Laidoner,_Johan, lk 101
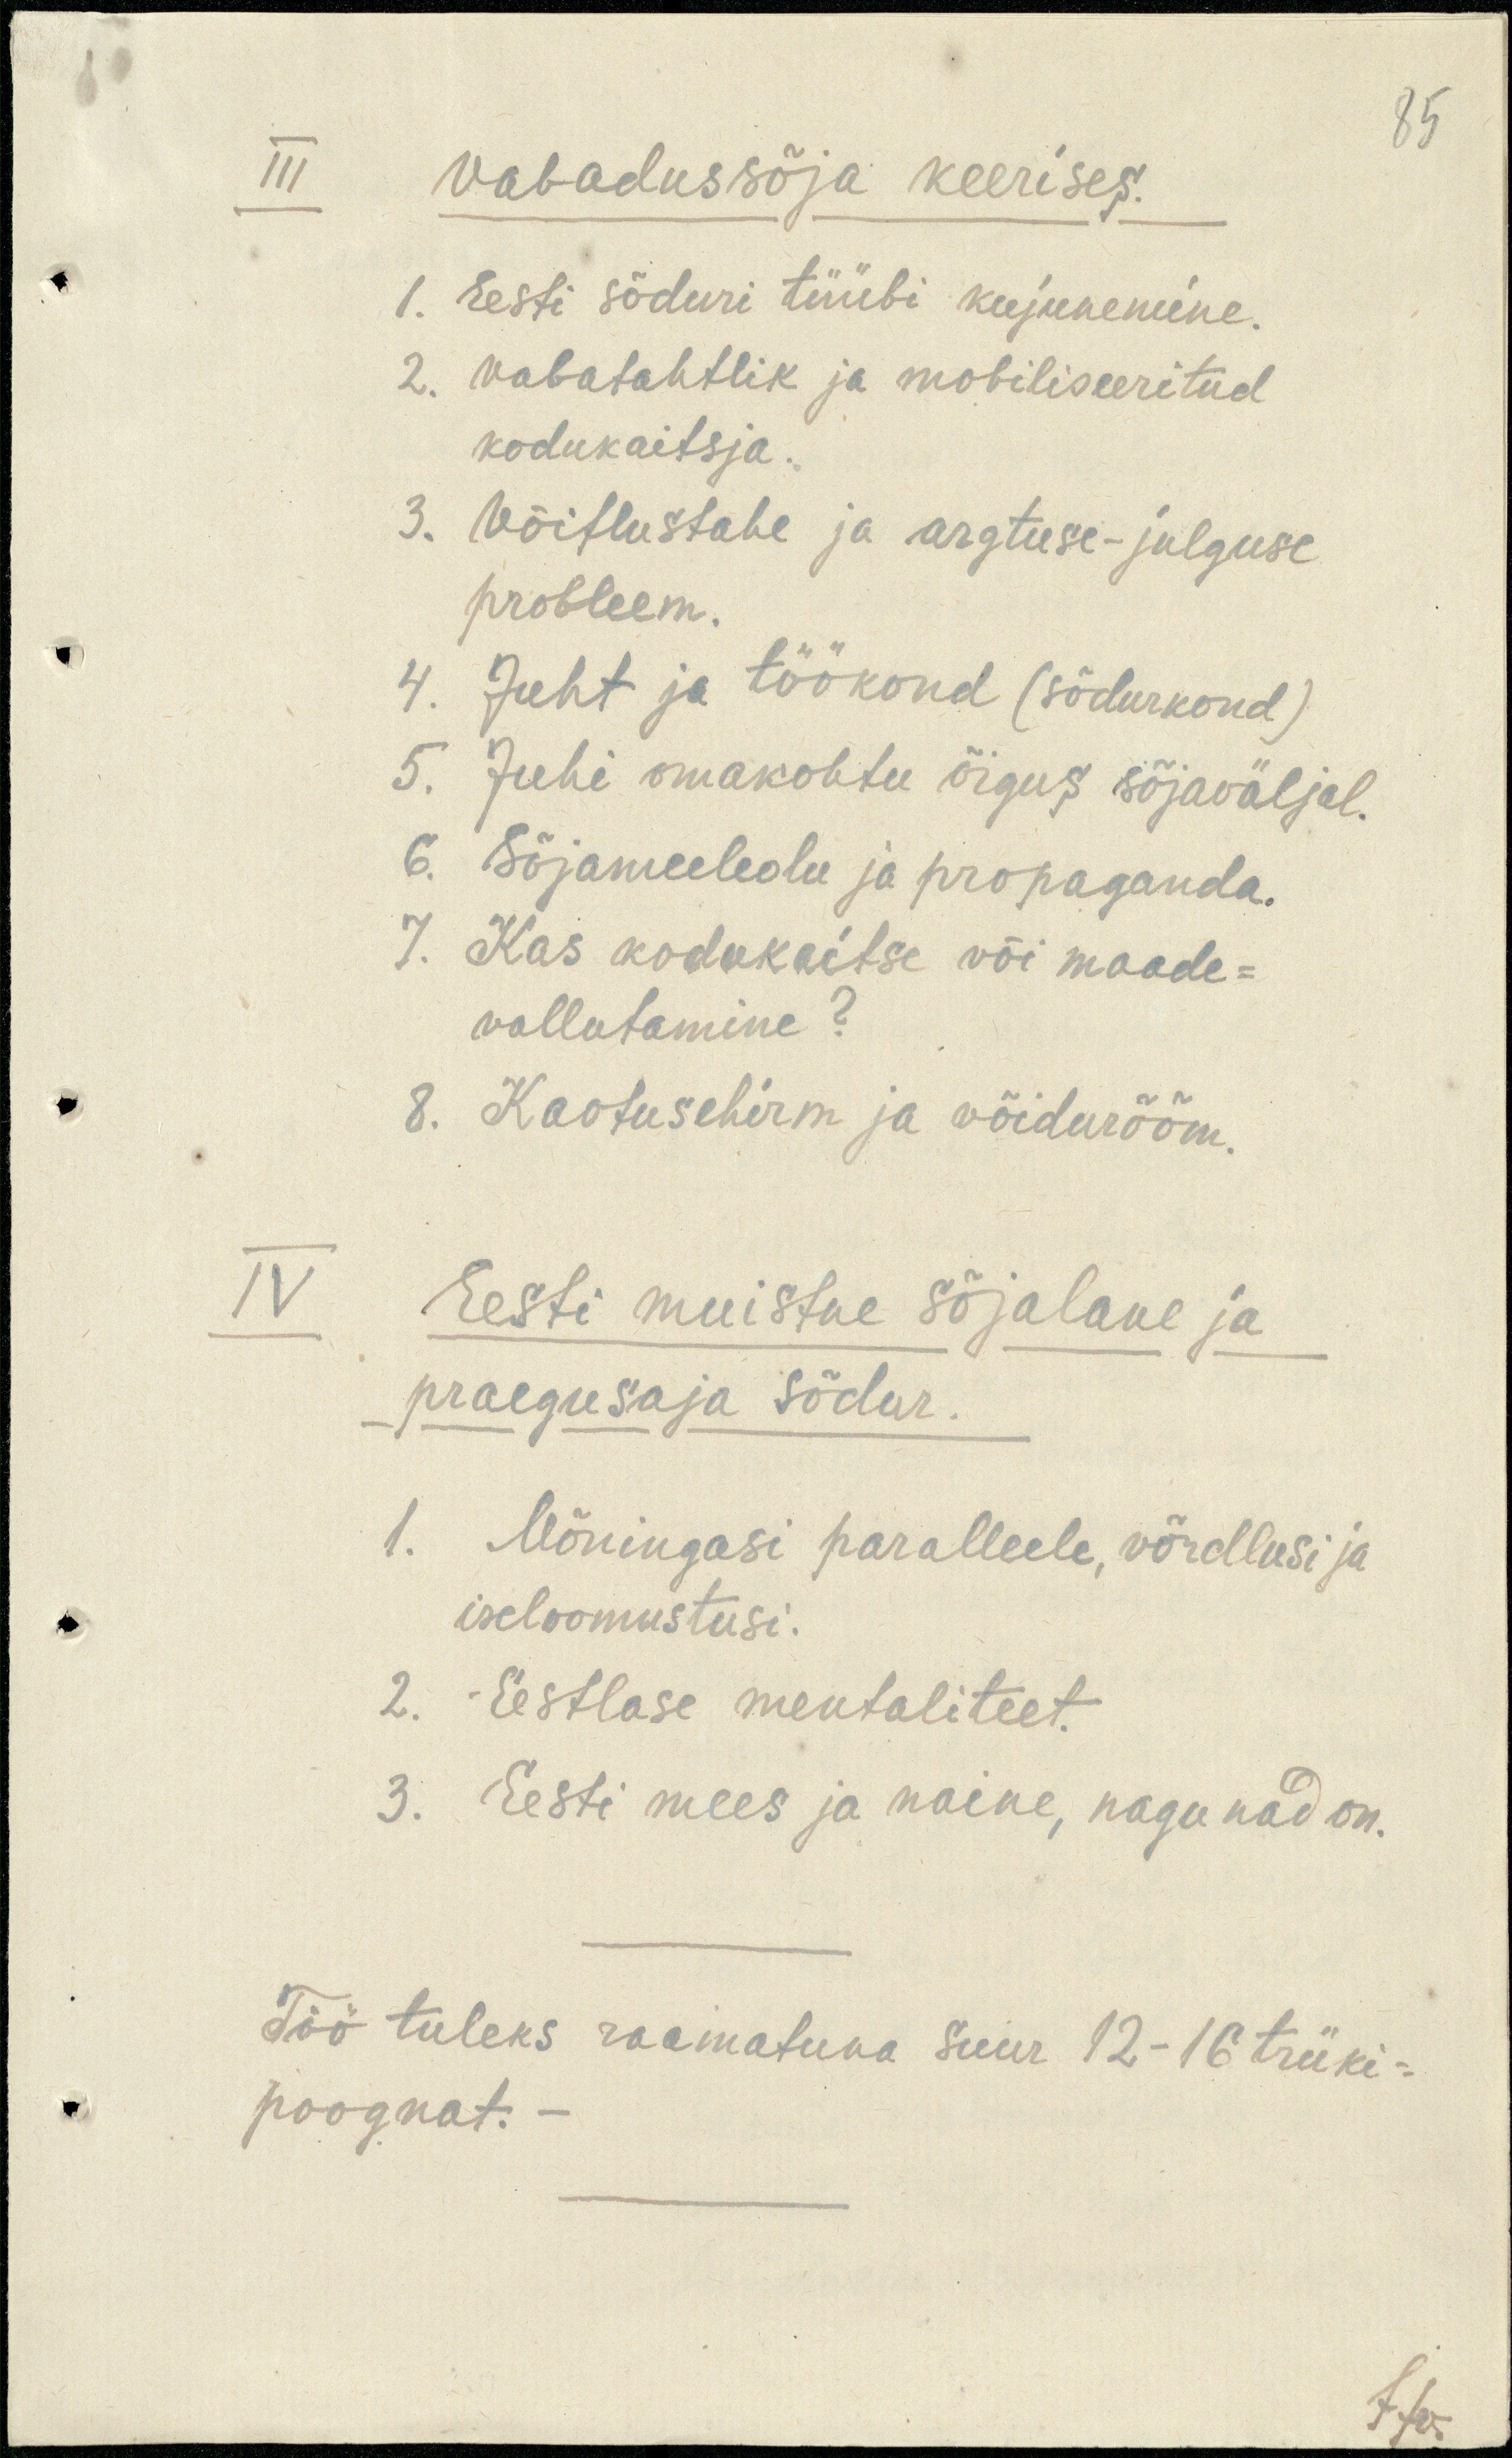
85
III
Vabadussõja keerises.
1. Eesti sõduri tüübi kujunemine.
2. Vabatahtlik ja mobiliseeritud
kodukaitsja.
3. Võitlustahe ja argtuse-julguse
probleem.
4. Juht ja töökond (sõdurkond)
5. Juhi omakohtu õigus sõjaväljal.
6. Sõjameeleolu ja propaganda.
7. Kas kodukaitse või maade-
vallutamine?
8. Kaotusehirm ja võidurööm.
IV Eesti muistne sõjalane ja
praegusaja sõdur.
1. Mõningasi paralleele, võrdlusi ja
iseloomustusi.
2. Eestlase mentaliteet.
3. Eesti mees ja naine, nagu nad on.
Töö tuleks raamatuna suur 12-16 trüki-
poognat.
JJer